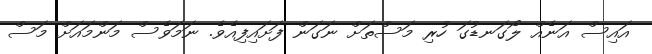
އައިސް އަނެއް ލޯގަނޑުގަ ހުރި މަސްތަށް ނަގަން ފަށައިފިއެވެ. ނަމަވެސް މަންމައަށް މަސް